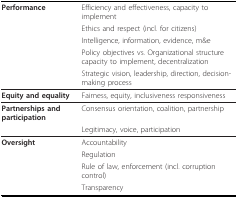
<table><thead><tr><td><b>Performance</b></td><td><b>Efficiency and effectiveness, capacity to implement</b></td></tr><tr><td></td><td><b>Ethics and respect (incl. for citizens)</b></td></tr><tr><td></td><td><b>Intelligence, information, evidence, m&amp;e</b></td></tr><tr><td></td><td><b>Policy objectives vs. Organizational structure capacity to implement, decentralization</b></td></tr><tr><td></td><td><b>Strategic vision, leadership, direction, decision-making process</b></td></tr></thead><tbody><tr><td><b>Equity and equality</b></td><td>Fairness, equity, inclusiveness responsiveness</td></tr><tr><td><b>Partnerships and participation</b></td><td>Consensus orientation, coalition, partnership</td></tr><tr><td></td><td>Legitimacy, voice, participation</td></tr><tr><td><b>Oversight</b></td><td>Accountability</td></tr><tr><td></td><td>Regulation</td></tr><tr><td></td><td>Rule of law, enforcement (incl. corruption control)</td></tr><tr><td></td><td>Transparency</td></tr></tbody></table>